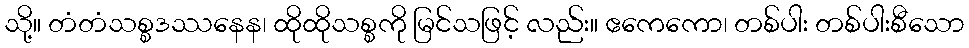
သို့။ တံတံသစ္စဒဿနေန၊ ထိုထိုသစ္စကို မြင်သဖြင့် လည်း။ ဧကေကော၊ တစ်ပါး တစ်ပါးစီသော